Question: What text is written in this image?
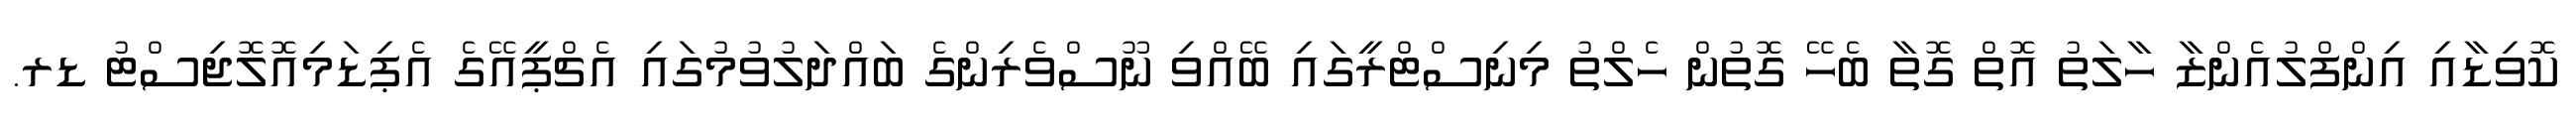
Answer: ކޮވިޑާއި އިންފްލުއެންޒާ ހާލަތު އޮތް ގޮތާ ބެހޭ ގޮތުން ހެލްތު މިނިސްޓްރީގައި ބޭއްވި ނޫސްވެރިންގެ ބައްދަލުވުމުގައި އެޗްޕީއޭގެ އެޕިޑަމިއޮލޮޖިސްޓު ޑރ.